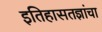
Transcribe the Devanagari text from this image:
इतिहासतज्ञांचा